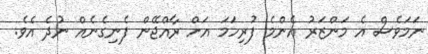
ނަމަވެސް އެ މަންޒަރު އެންމެ ފުރިހަމަ އަށް ރާއްޖޭން ފެނިގެނެއް ނުދެ އެވެ.